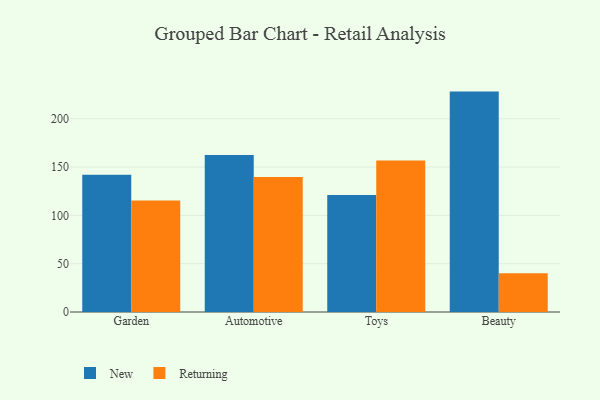
{"axis": {"x": "Category", "y": "Budget (USD K)"}, "legend": ["New", "Returning"], "data": [{"x": "Garden", "y": 142.1, "type": "New"}, {"x": "Garden", "y": 115.3, "type": "Returning"}, {"x": "Automotive", "y": 162.4, "type": "New"}, {"x": "Automotive", "y": 139.6, "type": "Returning"}, {"x": "Toys", "y": 121.1, "type": "New"}, {"x": "Toys", "y": 156.9, "type": "Returning"}, {"x": "Beauty", "y": 228.1, "type": "New"}, {"x": "Beauty", "y": 40.0, "type": "Returning"}]}